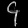
Digit: ၄